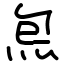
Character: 炰